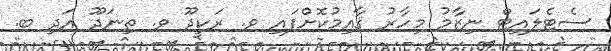
ސެޓެލައިޓް ނިޒާމު މިހާރު ޤާއިމުކޮށްފައި ވ. ރަކީދޫ ވ. ތިނަދޫ އަދި ބ.